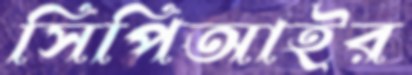
সিপিআইর